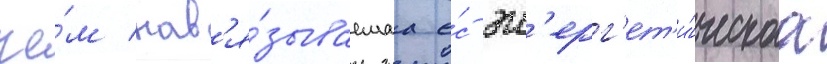
че́м нав'я́зываемаа е́с эн'ерг'ет'и́ческаа